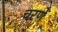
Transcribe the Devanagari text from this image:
चरणें